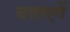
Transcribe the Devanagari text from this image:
बताएगें